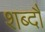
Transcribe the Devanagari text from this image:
शब्दौं